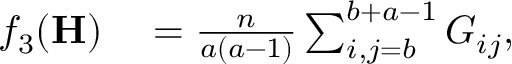
\begin{array} { r l } { f _ { 3 } ( \mathbf { H } ) } & { { } = \frac { n } { a ( a - 1 ) } \sum _ { i , j = b } ^ { b + a - 1 } G _ { i j } , } \end{array}